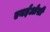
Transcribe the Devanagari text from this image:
एनईओसी